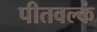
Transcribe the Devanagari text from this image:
पीतवल्कं